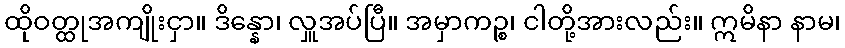
ထိုဝတ္ထုအကျိုးငှာ။ ဒိန္နော၊ လှူအပ်ပြီ။ အမှာကဉ္စ၊ ငါတို့အားလည်း။ ဣမိနာ နာမ၊